Triennial report on the lunatic asylums in the province of Eastern Bengal and Assam - 1903-1911
Year: 1903
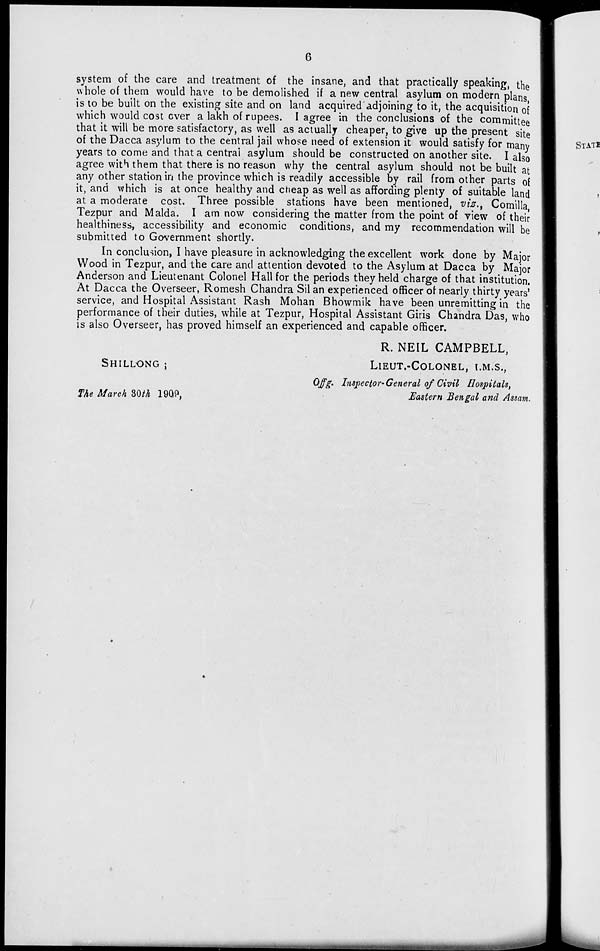
6
system of the care and treatment of the insane, and that practically speaking, the
whole of them would have to be demolished if a new central asylum on modern plans,
is to be built on the existing site and on land acquired adjoining to it, the acquisition of
which would cost ever a lakh of rupees. I agree in the conclusions of the committee
that it will be more satisfactory, as well as actually cheaper, to give up the present site
of the Dacca asylum to the central jail whose need of extension it would satisfy for many
years to come and that a central asylum should be constructed on another site. I also
agree with them that there is no reason why the central asylum should not be built at
any other station in the province which is readily accessible by rail from other parts of
it, and which is at once healthy and cheap as well as affording plenty of suitable land
at a moderate cost. Three possible stations have been mentioned, viz., Comilla,
Tezpur and Malda. I am now considering the matter from the point of view of their
healthiness, accessibility and economic conditions, and my recommendation will be
submitted to Government shortly.
In conclusion, I have pleasure in acknowledging the excellent work done by Major
Wood in Tezpur, and the care and attention devoted to the Asylum at Dacca by Major
Anderson and Lieutenant Colonel Hall for the periods they held charge of that institution.
At Dacca the Overseer, Romesh Chandra Sil an experienced officer of nearly thirty years'
service, and Hospital Assistant Rash Mohan Bhowmik have been unremitting in the
performance of their duties, while at Tezpur, Hospital Assistant Giris Chandra Das, who
is also Overseer, has proved himself an experienced and capable officer.
R. NEIL CAMPBELL,
SHILLONG ;
LIEUT.-COLONEL, I.M.S.,
Offg. Inspector-General of Civil Hospitals,
The March 30th 1909,
Eastern Bengal and Assam.